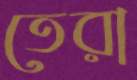
তেরা